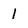
Character: 1